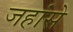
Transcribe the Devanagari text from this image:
जहांसे